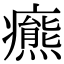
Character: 𤻩